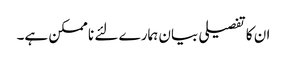
ان کا تفصیلی بیان ہمارے لئے نا ممکن ہے۔